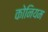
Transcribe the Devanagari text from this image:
कोनियम